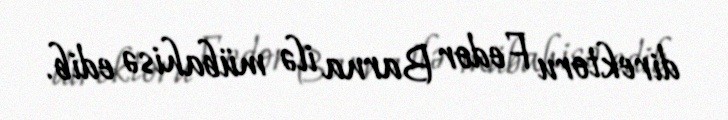
direktoru Fedor Barna ilə mübahisə edib.